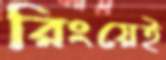
রিংয়েই